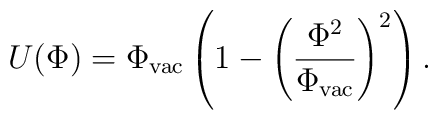
U(\Phi)=\Phi_{\rm vac}\left( 1-\left(\frac{\Phi^2}{\Phi_{\rm vac}}\right)^2\right).